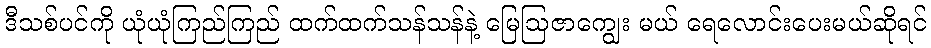
ဒီသစ်ပင်ကို ယုံယုံကြည်ကြည် ထက်ထက်သန်သန်နဲ့ မြေဩဇာကျွေး မယ် ရေလောင်းပေးမယ်ဆိုရင်